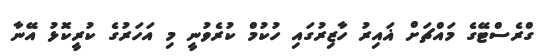
ގްރެސްޓޭގެ މައްޗަށް ޣައިރު ހާޒިރުގައި ހުކުމް ކުރެވުނީ މި އަހަރުގެ ކުރީކޮޅު އޭނާ